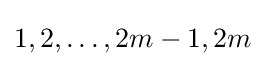
1,2,\dots ,2m-1,2m